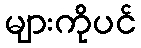
များကိုပင်